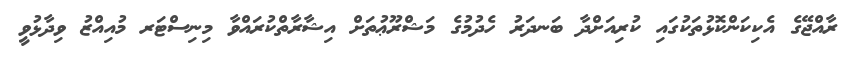
ރާއްޖޭގެ އެކިކަންކޮޅުތަކުގައި ކުރިއަށްދާ ބަނދަރު ހެދުމުގެ މަޝްރޫޢުތަަށް އިޝާރާތްކުރައްވާ މިނިސްޓަރ މުއިއްޒު ވިދާޅުވީ